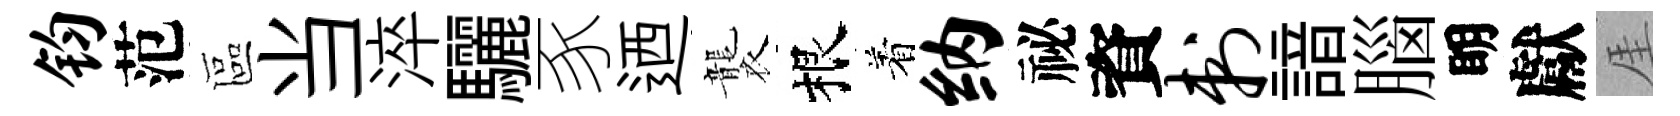
钧范區当淬驪豕迺襲根着纳祕資刺諳腦眀獻厓